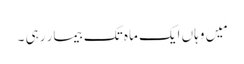
مَیں وہاں ایک ماہ تک بیمار رہی ۔